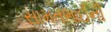
સામતભાઈની